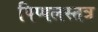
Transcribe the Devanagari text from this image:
पिप्पलस्तत्र